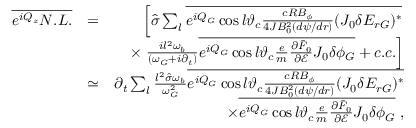
\begin{array} { r l r } { \overline { { e ^ { i Q _ { z } } N . L . } } } & { = } & { \left[ \hat { \sigma } \sum _ { l } \overline { { e ^ { i Q _ { G } } \cos l \vartheta _ { c } \frac { c R B _ { \phi } } { 4 { \cal J } B _ { 0 } ^ { 2 } ( d \psi / d r ) } ( J _ { 0 } \delta E _ { r G } ) ^ { * } } } \right. } \\ & { } & { \times \left. \frac { i l ^ { 2 } \omega _ { b } } { ( \omega _ { G } + i \partial _ { t } ) } \overline { { e ^ { i Q _ { G } } \cos l \vartheta _ { c } \frac { e } { m } \frac { \partial \bar { F } _ { 0 } } { \partial \mathcal { E } } J _ { 0 } \delta \phi _ { G } } } + c . c . \right] } \\ & { \simeq } & { \partial _ { t } \sum _ { l } \frac { l ^ { 2 } \hat { \sigma } \omega _ { b } } { \omega _ { G } ^ { 2 } } \overline { { e ^ { i Q _ { G } } \cos l \vartheta _ { c } \frac { c R B _ { \phi } } { 4 { \cal J } B _ { 0 } ^ { 2 } ( d \psi / d r ) } ( J _ { 0 } \delta E _ { r G } ) ^ { * } } } } \\ & { } & { \times \overline { { e ^ { i Q _ { G } } \cos l \vartheta _ { c } \frac { e } { m } \frac { \partial \bar { F } _ { 0 } } { \partial \mathcal { E } } J _ { 0 } \delta \phi _ { G } } } \; , } \end{array}